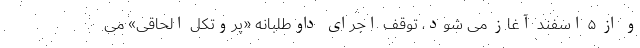
و از ۵ اسفند آغاز می شود، توقف اجرای داوطلبانه «پروتکل الحاقی» می